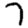
Digit: 7